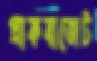
প্রাকবাজেট